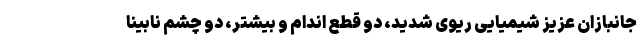
جانبازان عزیز شیمیایی ریوی شدید، دو قطع اندام و بیشتر، دو چشم نابینا